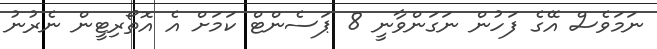
ނަމަވެސް އޭގެ ފަހުން ނަގަންވާނީ 8 ޕަސެންޓް ކަމަށް އެ އޮތޯރިޓީން ނެރުނު